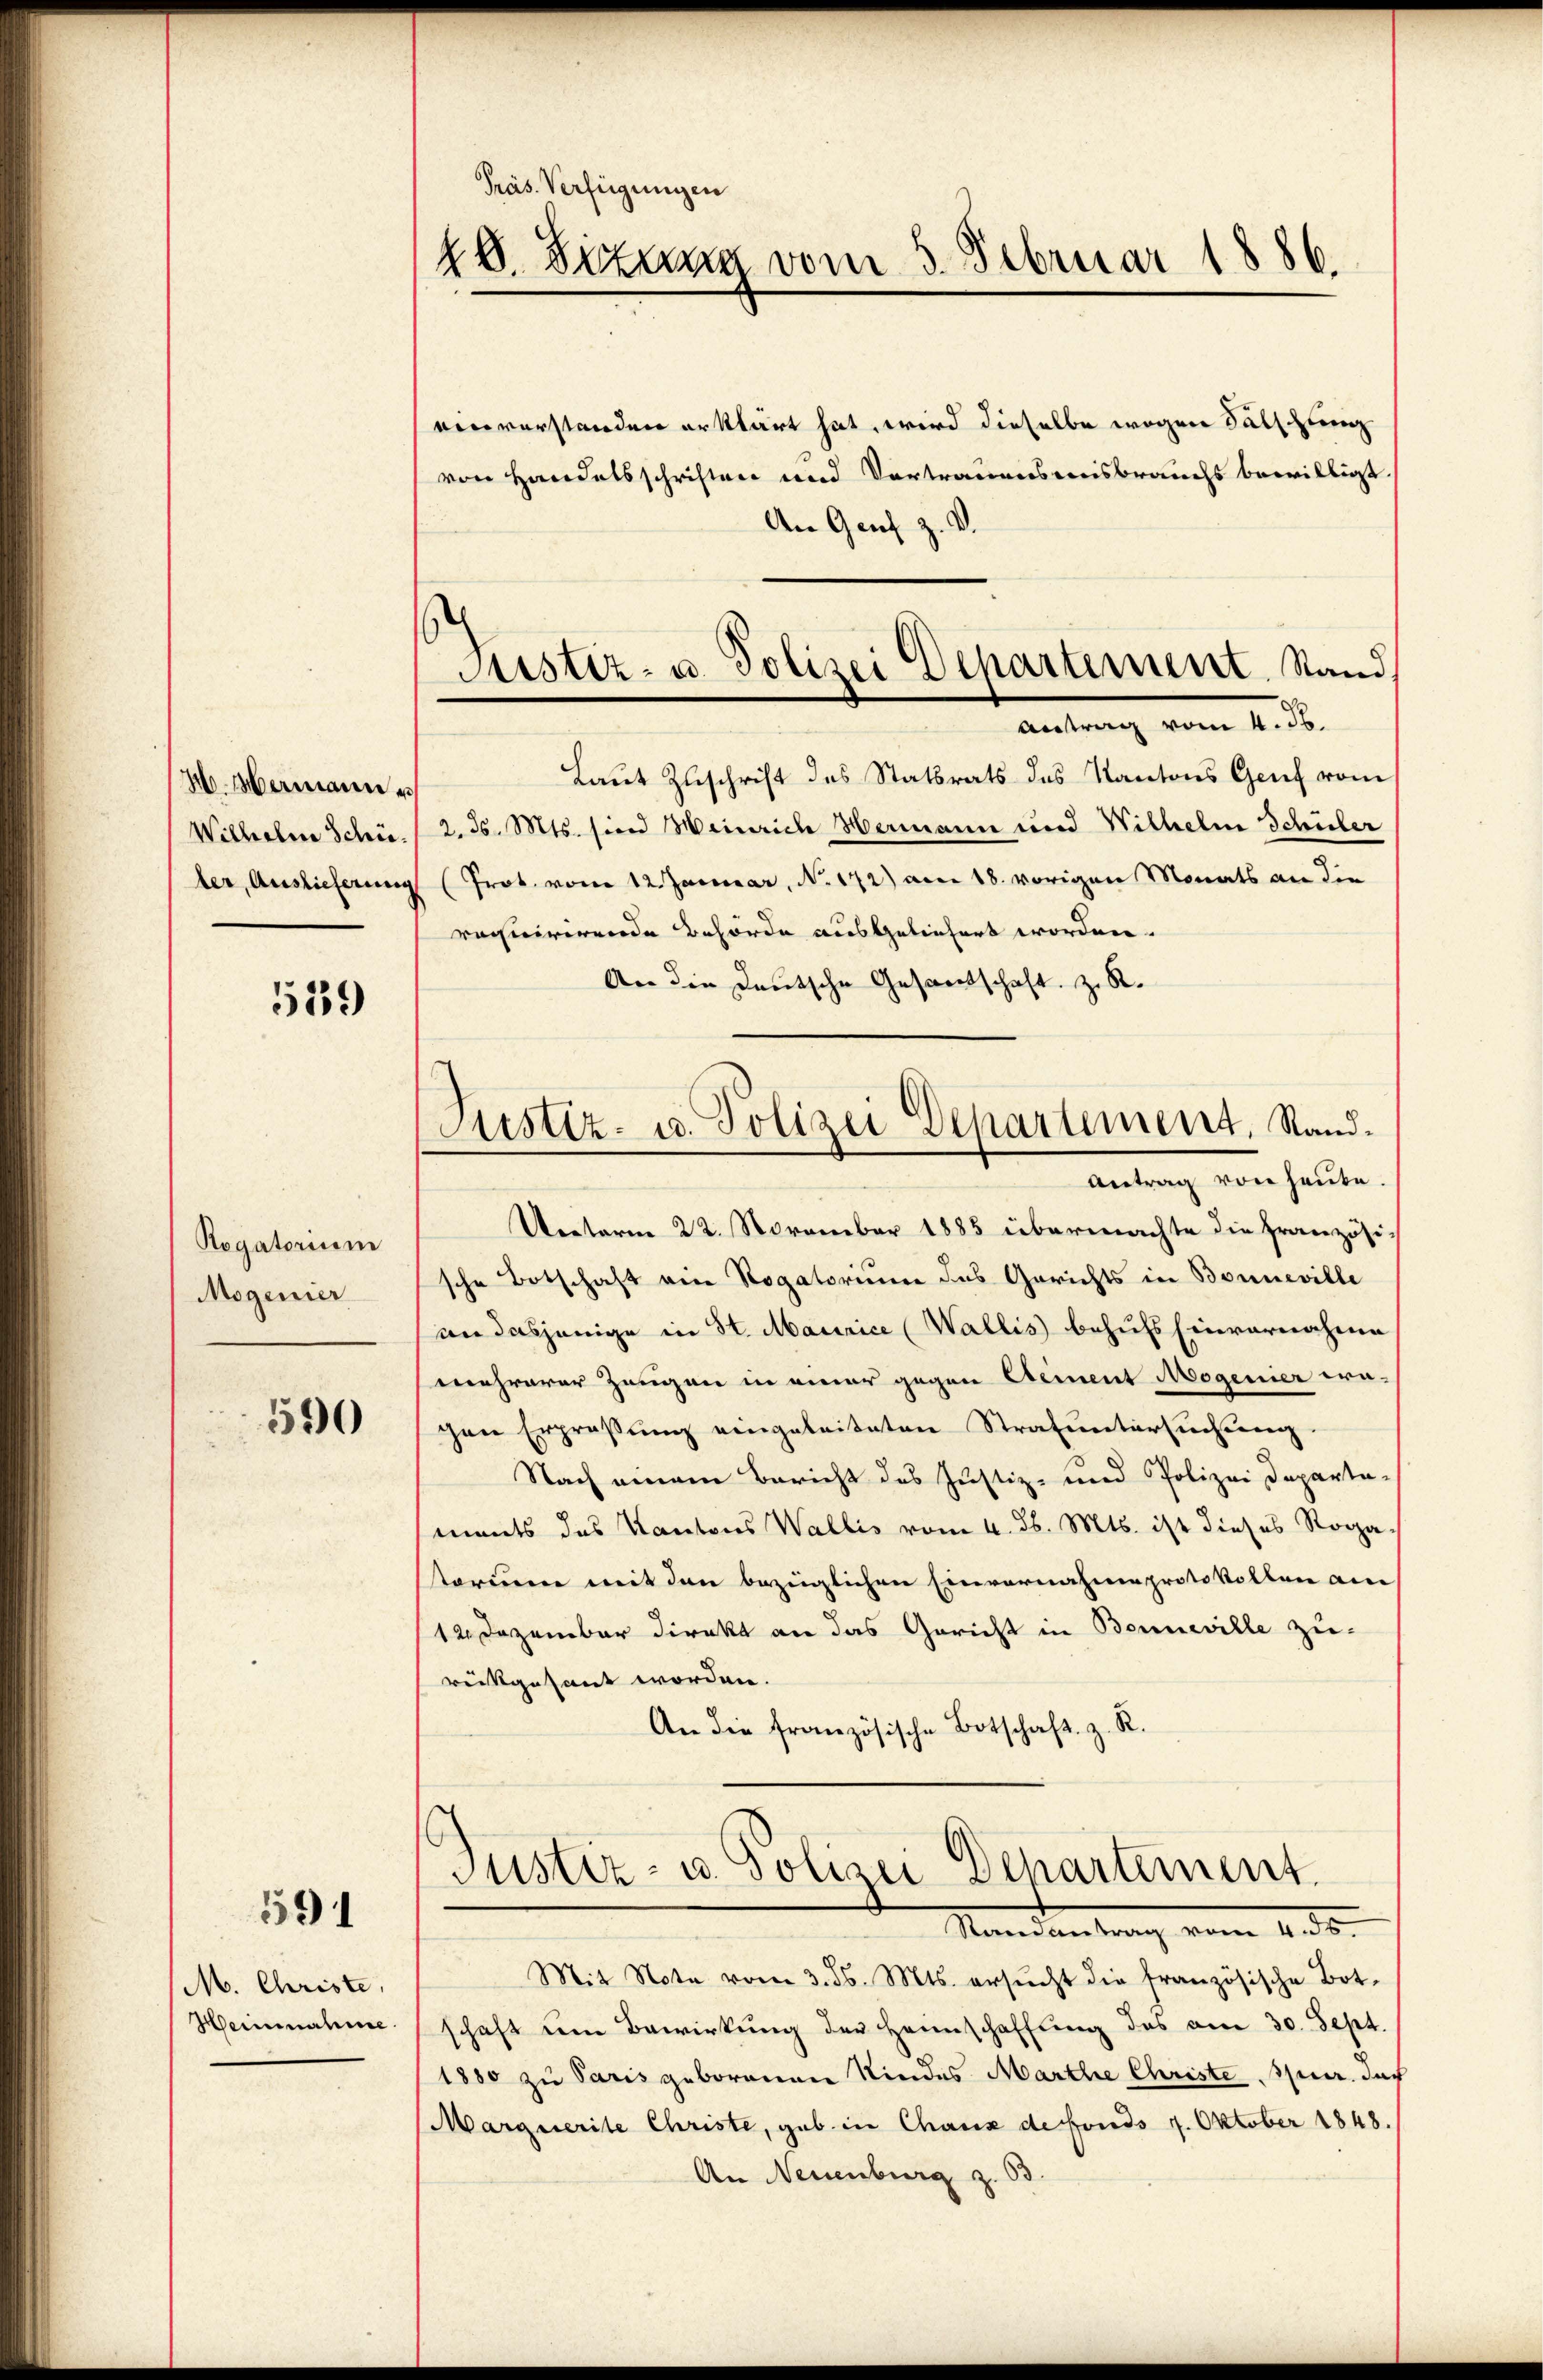
M. Hermann e
Wilhelne Schie¬

539

Regatorium
Mogenier

590

591

M. Christe
Heinnahme

Präs. Verfügungen
18. Sitzung vom 5. Februar 1886.

Astiz- u. Polizei Departement. Stand
Antrag vom 4. d.

einverstanden erklärt hat, wird dieselbe wegen Fälschung
von Handelsschriften und Vortrauensmisbrauchs bewilligt
An Genf z. V.
Laut Zuschrift des Statsrats des Kantons Genf vom
2. d. Mts. sind Meinrich Hermann und Wilhelm Schüler
ler, Auslieferung (Prot. vom 12. Januar, N. 172) am 18. vorigen Monats an die
requirirende Behörde ausgeliefert worden.
An die Deutsche Gesandschaft z. R.
Unterm 22. November 1885 übermachte die Französi-
sche Botschaft ein Rogatorium das Gerichts in Bonneville
an dasjenige in St. Maurice (Wallis behufs Einvernahme
mehrerer Zeugen in einer gegen Element Mogenier era-
gen Erpraßung eingeleiteten Strafuntersuchung.
Nach einem Bericht des Justiz- und Polizei Departa-
ments das Kantons Wallis vom 4. ds. Mts. ist dieses Rogasstorium mit den bezüglichen Einvernahme protokollen am
12. Dezember direkt an das Gericht in Benneville zu-
rückgesant worden.
An die französische Botschaft z. R.
Justiz- u. Polizei Departement.
Mandantrag vom 4. d.
Mit Note vom 3. d. Mts. ersŭcht die französische Bot.
schaft um Bewirkung der Heimschaffung des am 30. Sept.
1880 zu Paris geborenen Kindes Marthe Christe Spur. Sach
Marquerite Christe, geb. in Chaux de fonds 14. Oktober 1848.
An Neuenburg z. 63

Justiz- u. Polizei Departement. Stand.
Antrag von heute.